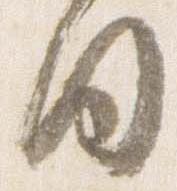
国